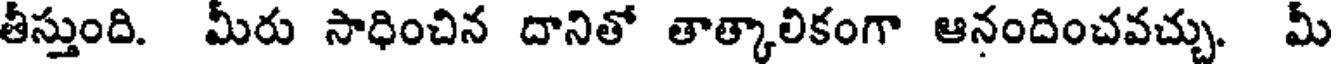
తీస్తుంది. మీరు సాధించిన దానితో తాత్కాలికంగా ఆనందించవచ్చు. మీ